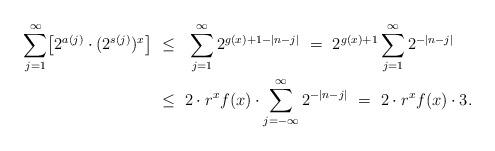
LaTeX: \begin{align*} \sum_{j=1}^\infty \bigl[2^{a(j)} \cdot (2^{s(j)})^x\bigl]\ &\leq\ \ \sum_{j=1}^\infty 2^{g(x) + 1 - |n-j|}\ =\ 2^{g(x)+1} \sum_{j=1}^\infty 2^{-|n-j|}\\&\leq\ 2 \cdot r^x f(x) \cdot \sum_{j=-\infty}^\infty 2^{-|n-j|}\ =\ 2 \cdot r^x f(x) \cdot 3. \end{align*}